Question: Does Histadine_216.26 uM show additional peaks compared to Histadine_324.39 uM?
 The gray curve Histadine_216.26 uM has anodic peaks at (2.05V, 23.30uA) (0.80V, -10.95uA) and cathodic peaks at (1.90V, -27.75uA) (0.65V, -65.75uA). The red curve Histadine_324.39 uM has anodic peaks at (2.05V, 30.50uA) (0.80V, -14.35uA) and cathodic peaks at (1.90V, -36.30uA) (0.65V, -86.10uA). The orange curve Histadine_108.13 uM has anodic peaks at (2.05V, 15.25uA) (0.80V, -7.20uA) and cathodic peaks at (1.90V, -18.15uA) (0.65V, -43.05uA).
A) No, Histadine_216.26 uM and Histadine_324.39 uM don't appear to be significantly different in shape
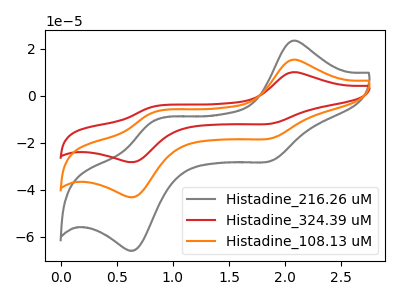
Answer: <think>All the peaks in "Histadine_216.26 uM" have a peak in "Histadine_324.39 uM" at the same potential.
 </think>
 <answer>A) No, "Histadine_216.26 uM" and "Histadine_324.39 uM" don't appear to be significantly different in shape</answer>
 <eval>A</eval>